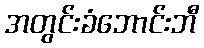
အတွင်းခံဘောင်းဘီ